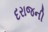
દરાજની